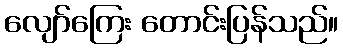
လျော်ကြေး တောင်းပြန်သည်။